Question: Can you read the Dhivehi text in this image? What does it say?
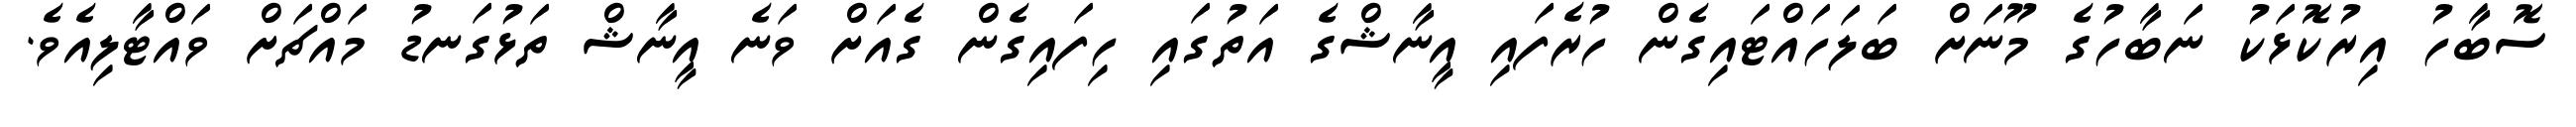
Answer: ސޮބާހު އިރުކޮޅަކު ނަބާހުގެ މޫނަށް ބަލަހައްޓައިގެން ހުރެފައި އީނާޝްގެ އަތުގައި ހިފައިގެން ގެއަށް ވަނެ އީނާޝް ތަޅުގަނޑު މައްޗަށް ވައްޓާލިއެވެ.